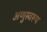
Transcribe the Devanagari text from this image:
अणुस्वरूप